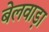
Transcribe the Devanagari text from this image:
बेलवाड़ा